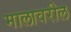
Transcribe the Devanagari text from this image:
मालावरील